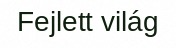
Fejlett világ